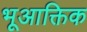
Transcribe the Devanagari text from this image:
भूआक्तिक